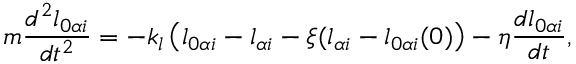
m \frac { d ^ { 2 } l _ { 0 \alpha i } } { d t ^ { 2 } } = - k _ { l } \left( l _ { 0 \alpha i } - l _ { \alpha i } - \xi ( l _ { \alpha i } - l _ { 0 \alpha i } ( 0 ) \right) - \eta \frac { d l _ { 0 \alpha i } } { d t } ,